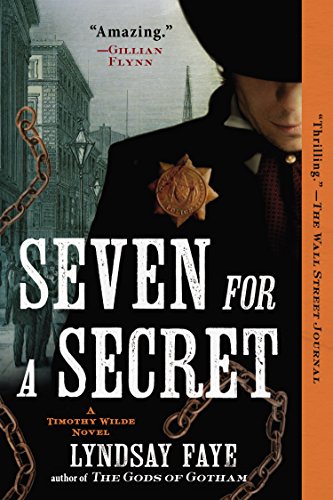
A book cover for Seven for a Secret (A Timothy Wilde Novel); Lyndsay Faye; Literature & Fiction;